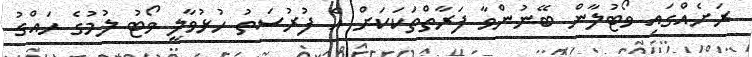
ރަށެއްގައި ވޯޓުލާން ބޭނުންވާ ފަރާތްތަކަކަށް އެ ފުރުސަތު ހުޅުވާލީ ވޯޓު ލުމުގެ ހައްގު